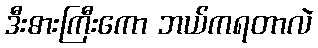
ဒီးဓားကြီးကော ဘယ်ကရတာလဲ